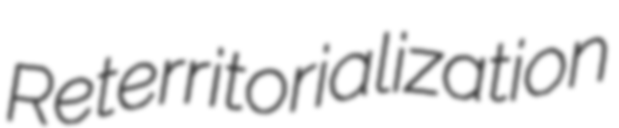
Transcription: Reterritorialization